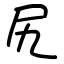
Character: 尻